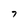
Character: 7